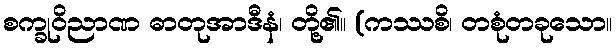
စက္ခုဝိညာဏ ဓာတုအာဒီနံ၊ တို့၏။ (ကဿစိ၊ တစုံတခုသော။